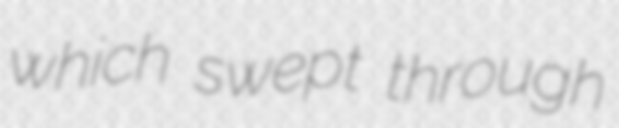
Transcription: which swept through